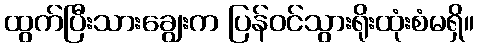
ထွက်ပြီးသားချွေးက ပြန်ဝင်သွားရိုးထုံးစံမရှိ။